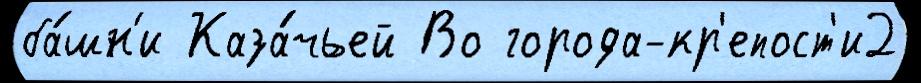
ба́шн'и Каза́чьей Во города-кр'епост'и2